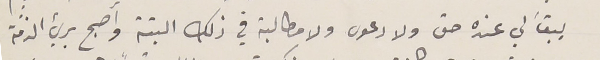
بيقَ لي عنده حق ولا دعوى ولا مطالبة في ذلك البتة واصبح بريء الذمَّة